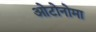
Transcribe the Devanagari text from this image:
ओटोनोमा